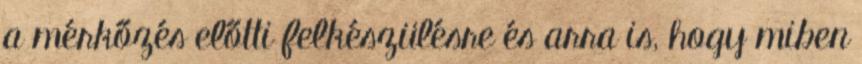
a mérkőzés előtti felkészülésre és arra is, hogy miben